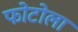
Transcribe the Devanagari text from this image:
फोटोला